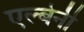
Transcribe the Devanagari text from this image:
एल्बेनी